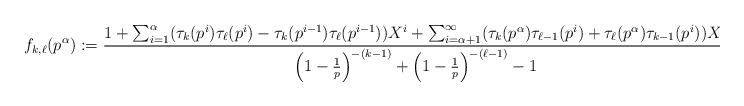
LaTeX: \begin{align*} f_{k,\ell}(p^{\alpha}) :=\frac{ 1 + \sum_{i=1}^{\alpha} (\tau_k(p^i)\tau_{\ell}(p^i)-\tau_k(p^{i-1})\tau_{\ell}(p^{i-1}))X^i + \sum_{i=\alpha+1}^{\infty} ( \tau_k(p^{\alpha}) \tau_{\ell-1}(p^i) + \tau_{\ell}(p^{\alpha}) \tau_{k-1}(p^i))X^i }{ \Big( 1-\frac{1}{p} \Big)^{-(k-1)}+\Big( 1-\frac{1}{p} \Big)^{-(\ell-1)}-1 }.\end{align*}